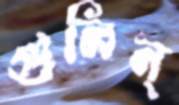
গুলিন্‌